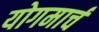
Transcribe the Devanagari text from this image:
योगमार्च